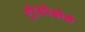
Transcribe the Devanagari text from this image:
टोरपेडोने